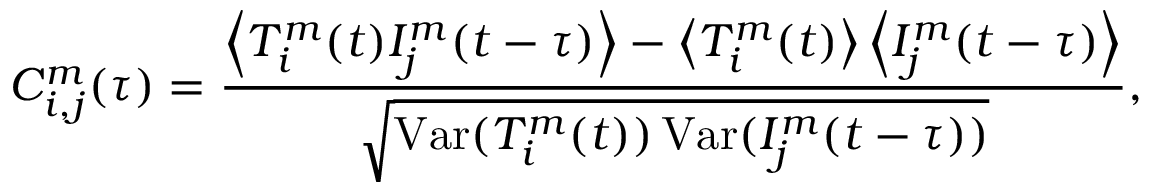
C _ { i , j } ^ { m } ( \tau ) = \frac { \left\langle T _ { i } ^ { m } ( t ) I _ { j } ^ { m } ( t - \tau ) \right\rangle - \left\langle T _ { i } ^ { m } ( t ) \right\rangle \left\langle I _ { j } ^ { m } ( t - \tau ) \right\rangle } { \sqrt { \operatorname { V a r } ( T _ { i } ^ { m } ( t ) ) \operatorname { V a r } ( I _ { j } ^ { m } ( t - \tau ) ) } } ,